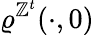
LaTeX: \varrho^{\mathbb{Z}^{t}}(\cdot,0)